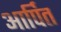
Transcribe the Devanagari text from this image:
आर्पित